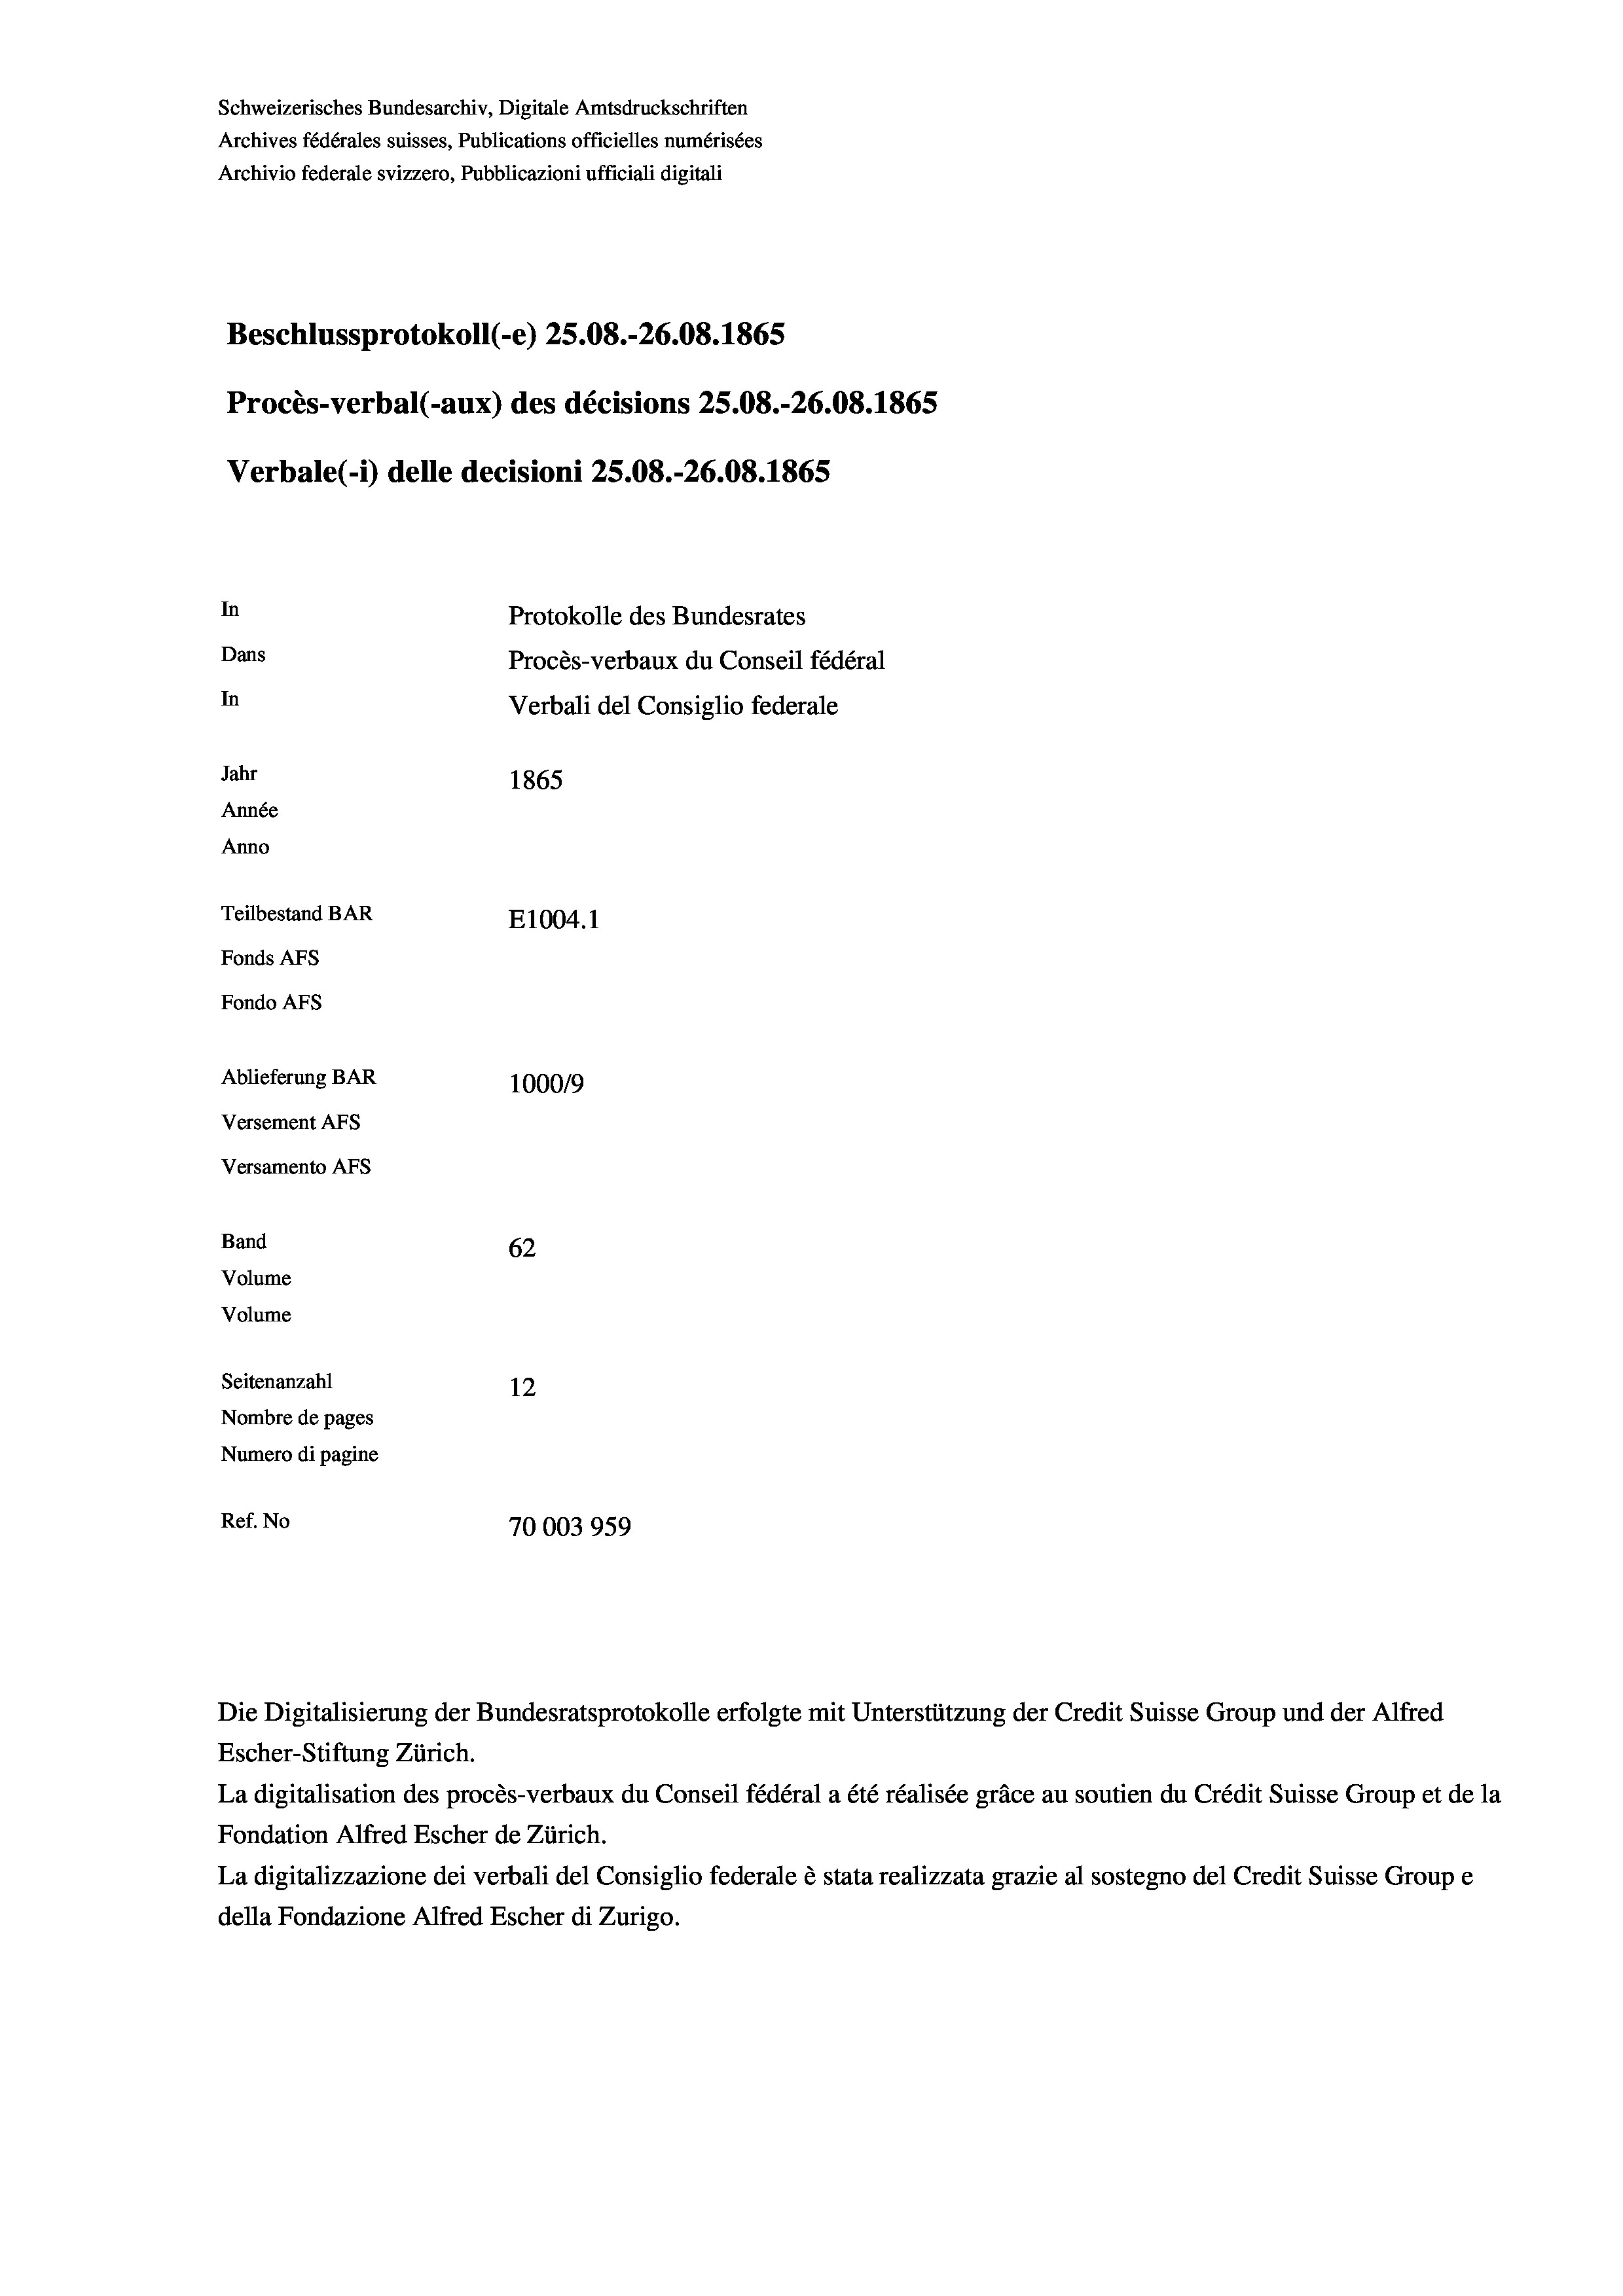
Schweizerisches Bundesarchiv, Digitale Amtsdruckschriften
Archives fédérales suisses, Publications officielles numérisées
Archivio federale svizzero, Pubblicazioni ufficiali digitali
Beschlussprotokoll (-e) 25.08.-26.08. 1865
Procès-verbal (-aux) des décisions 25.08.-26.08. 1865
Verbale (1) delle decisioni 25.08.-26.08. 1865
In
Protokolle des Bundesrates
Dans
Procès-verbaux du Conseil fédéral
In
Verbali del Consiglio federale
Jahr
1865
Année
Anno
Teilbestand BAR
E1004.1
Fonds AFs
Fondo Afs
Ablieferung BAR
100019
Versement AFs
Versamento Afs
Band
62
Volume
Volume
Seitenanzahl
12
Nombre de pages
Numero di pagine
Ref. No
70003959

Escher-Stiftung Zürich.
La digitalisation des procès-verbaux du Conseil fédéral a été réalisée gräce au soutien du Crédit Suisse Group et de la
Fondation Alfred Escher de Zürich.
La digitalizzazione dei verbali del Consiglio federale è stata realizzata grazie al sostegno del Credit Suisse Groupe
della Fondazione Alfred Escher di Zurigo.

Die Digitalisierung der Bundesratsprotokolle erfolgte mit Unterstützung der Credit Suisse Group und der Alfred